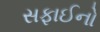
સફાઈનો